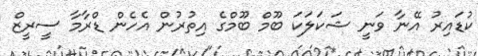
ކުޑައިރު އޭނާ ވަނީ ޝަކަލަކަ ބޫމް ބޫމްގެ އިތުރުން އެހެން ޑްރާމާ ސީރީޒް